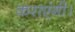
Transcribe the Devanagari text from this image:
कराएंगी।